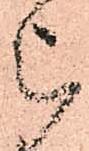
被